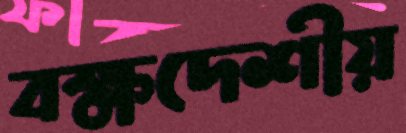
বক্ষদেশীয়